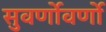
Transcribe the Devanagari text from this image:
सुवर्णोवर्णो